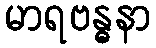
မာရဗန္ဓနာ